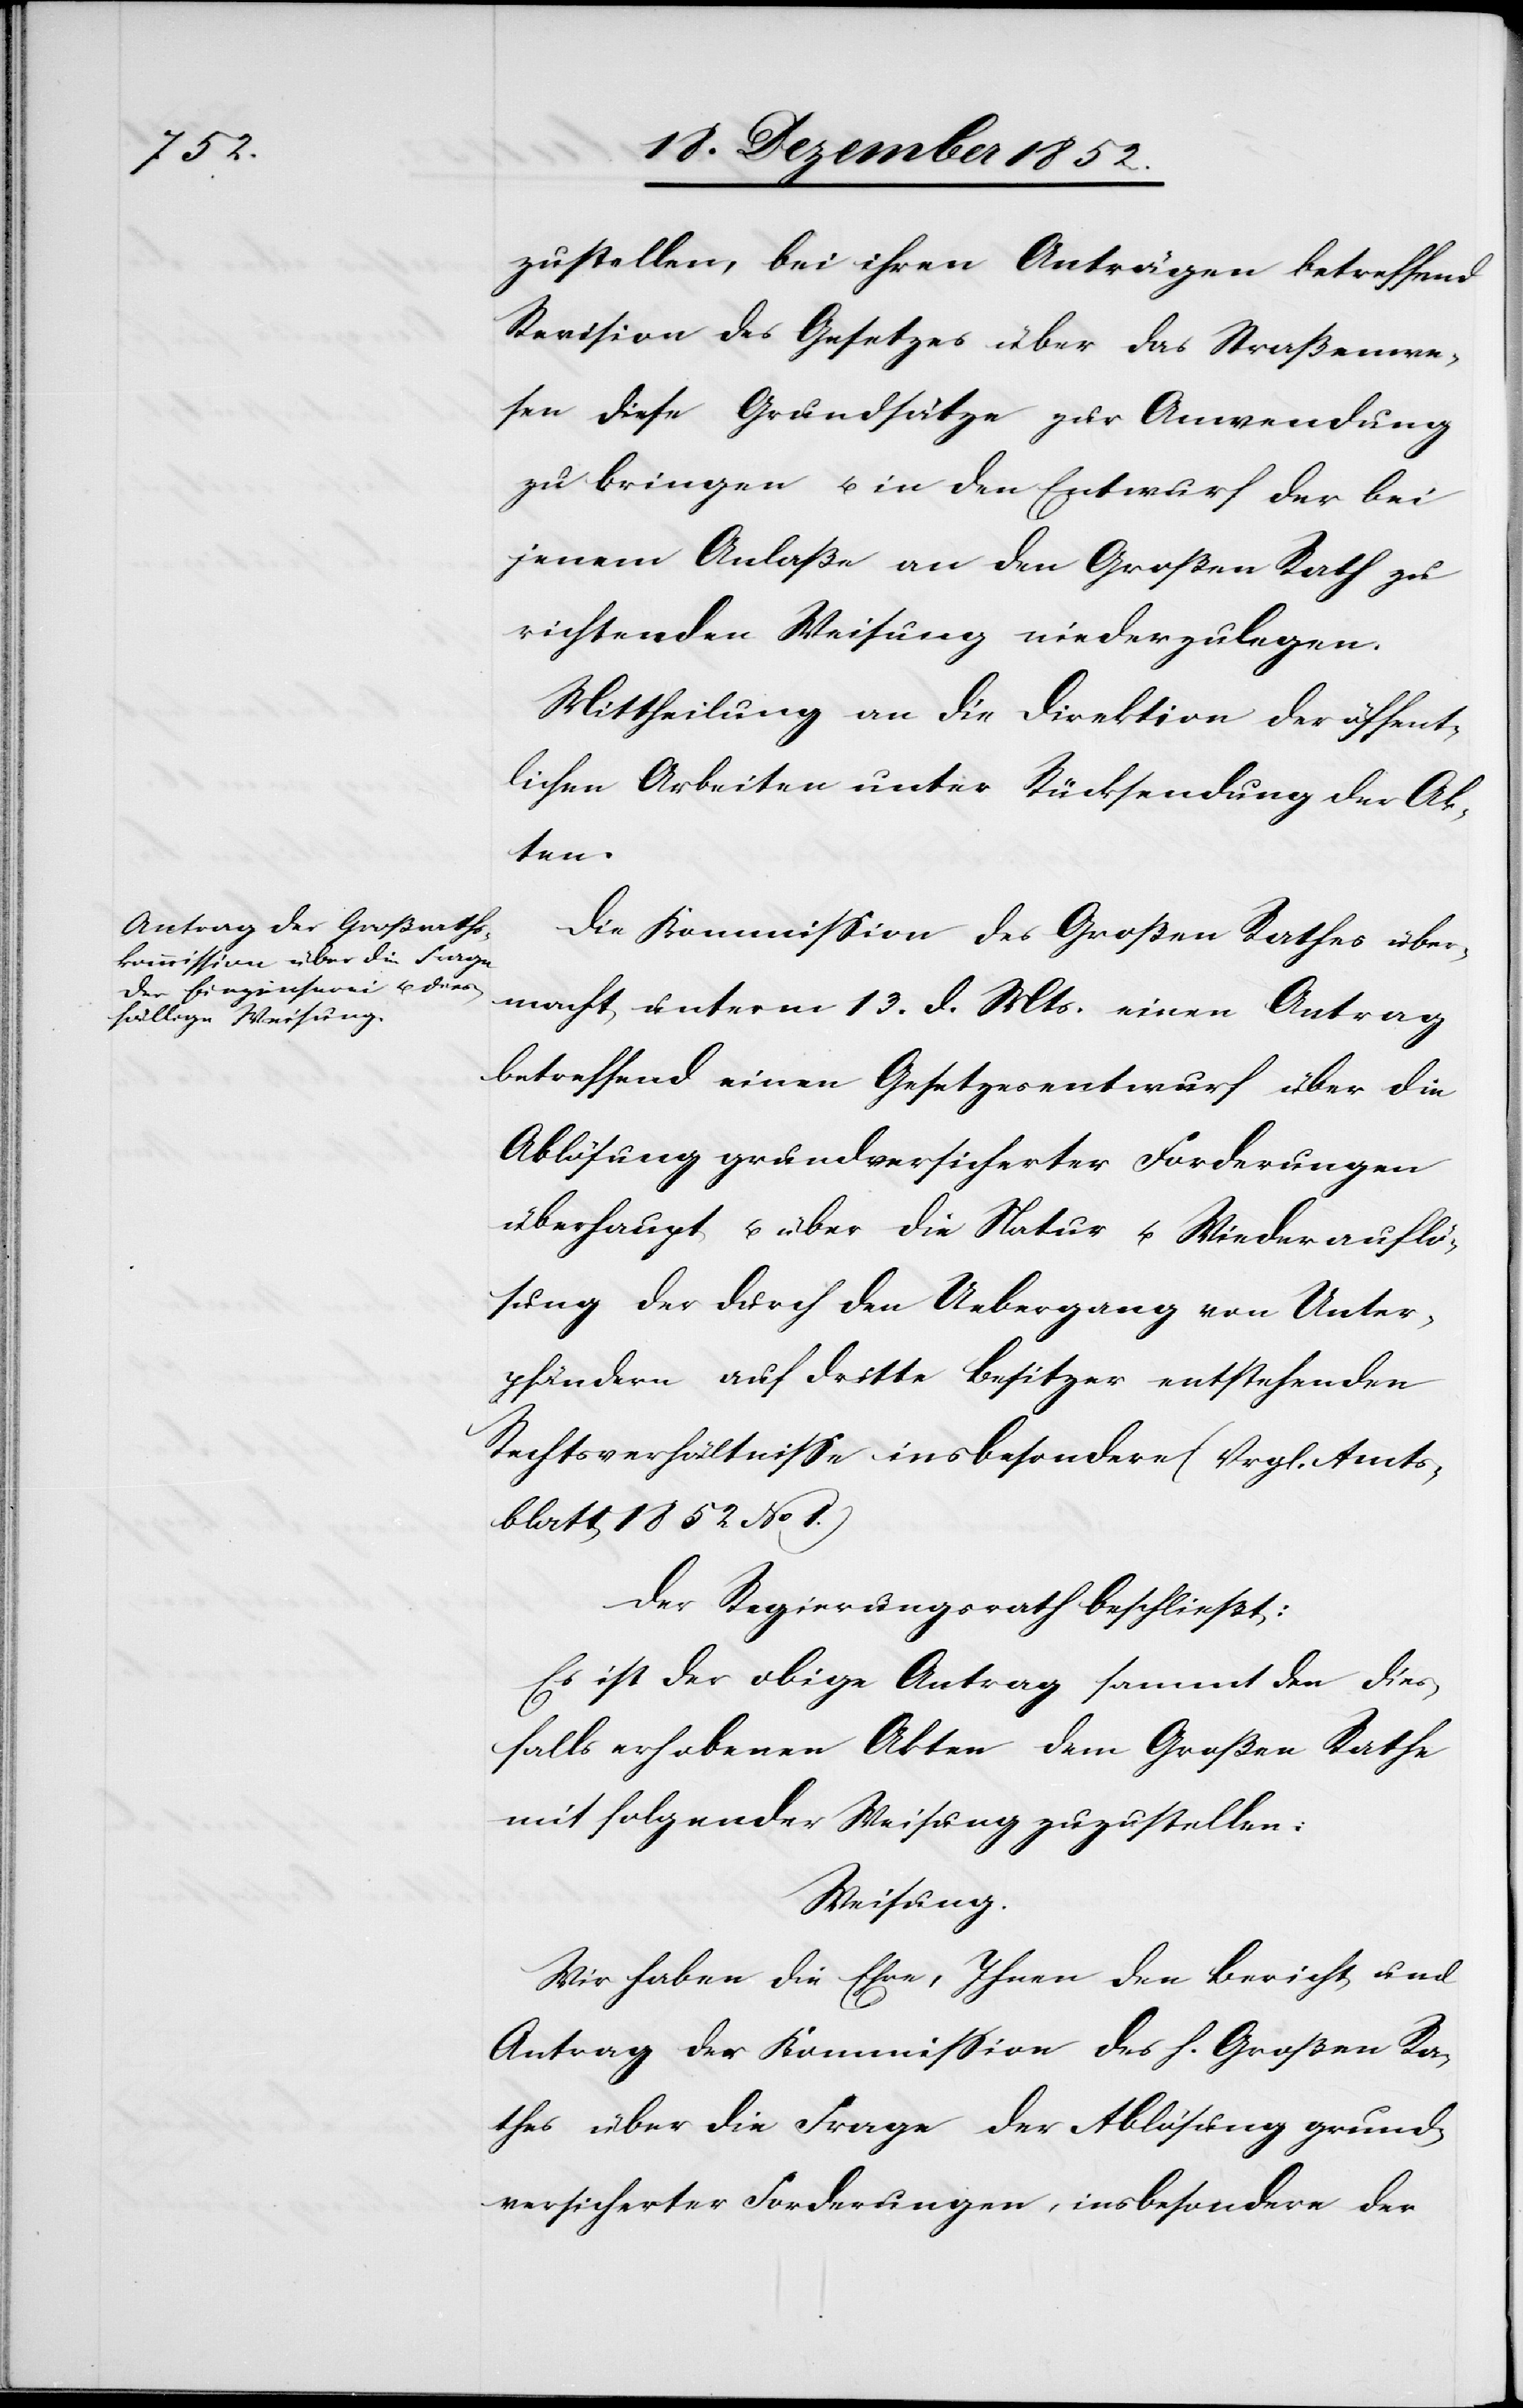
zustellen, bei ihren Anträgen betreffend
Revision des Gesetzes über das Straßenwe¬
sen diese Grundsätze zur Anwendung
zu bringen u. in den Entwurf der bei
jenem Anlaße an den Großen Rath zu
richtenden Weisung niederzulegen.
Mittheilung an die Direktion der öffent¬
lichen Arbeiten unter Rücksendung der Ak¬
ten.
Die Kommission des Großen Rathes über¬
macht unterm 13. d. Mts. einen Antrag
betreffend einen Gesetzesentwurf über die
Ablösung grundversicherter Forderungen
überhaupt u. über die Natur u. Wiederauflö¬
sung der durch den Uebergang von Unter¬
pfändern auf dritte Besitzer entstehenden
Rechtsverhältnisse insbesondere (Vrgl. Amts¬
blatt 1852 No 1.)
Der Regierungsrath beschließt:
Es ist der obige Antrag sammt den dies¬
falls erhobenen Akten dem Großen Rathe
mit folgender Weisung zuzustellen:
Weisung.
Wir haben die Ehre, Ihnen den Bericht und
Antrag der Kommission des h. Großen Ra¬
thes über die Frage der Ablösung grund¬
versicherter Forderungen, insbesondere der